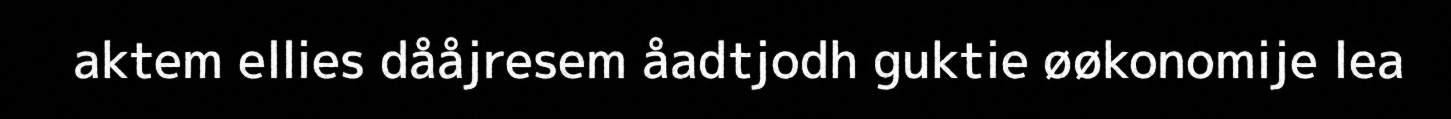
aktem ellies dååjresem åadtjodh guktie øøkonomije lea